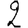
Digit: 2